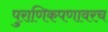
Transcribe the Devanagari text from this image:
पुराणिकपणावरच